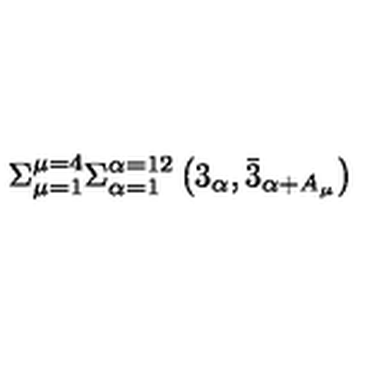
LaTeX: \Sigma _ { \mu = 1 } ^ { \mu = 4 } \Sigma _ { \alpha = 1 } ^ { \alpha = 1 2 } \left( 3 _ { \alpha } , \bar { 3 } _ { \alpha + A _ { \mu } } \right)